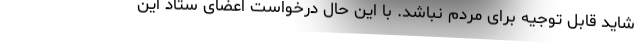
شاید قابل توجیه برای مردم نباشد. با این حال درخواست اعضای ستاد این